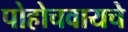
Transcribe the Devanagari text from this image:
पोहोचवायचे